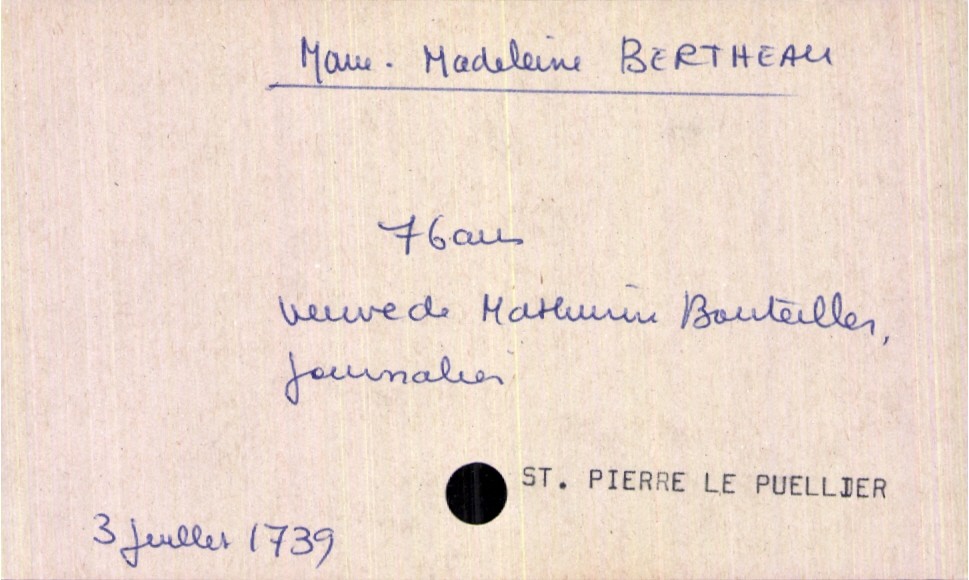
type_acte: Décès
année: 1739
mois: juillet
jour: 3
paroisse: Saint Pierre le Puellier
défunt_nom: Bertheau
défunt_prénom: Marie-Madeleine
défunt_sexe: F
défunt_âge: 76 ans
défunt_statut: veuf(ve)